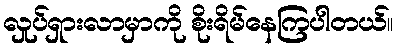
လှုပ်ရှားလာမှာကို စိုးရိမ်နေကြပါတယ်။